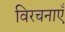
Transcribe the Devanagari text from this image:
विरचनाएँ